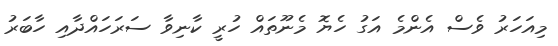
މިއަހަރު ވެސް އެންމެ އަގު ހެޔޮ މެނޫތައް ހުރީ ކާނިވާ ސަރަހައްދާއި ހާބަރު